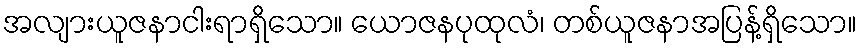
အလျားယူဇနာငါးရာရှိသော။ ယောဇနပုထုလံ၊ တစ်ယူဇနာအပြန့်ရှိသော။